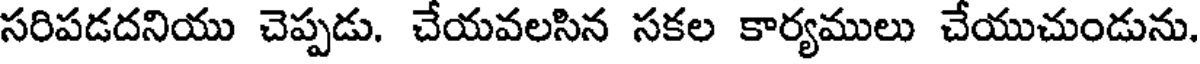
సరిపడదనియు చెప్పడు. చేయవలసిన సకల కార్యములు చేయుచుండును